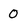
Character: 0